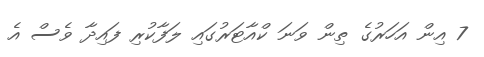
7 އިން އަހަރުގެ ތިން ވަނަ ކްއާޓަރުގައި ލަފާކުރި ފައިދާ ވެސް އެ